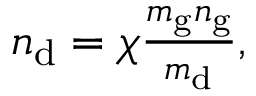
\begin{array} { r } { n _ { \mathrm { d } } = \chi \frac { m _ { \mathrm { g } } n _ { \mathrm { g } } } { m _ { \mathrm { d } } } , } \end{array}